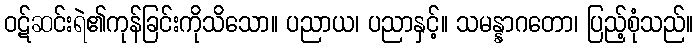
ဝဋ်ဆင်းရဲ၏ကုန်ခြင်းကိုသိသော။ ပညာယ၊ ပညာနှင့်။ သမန္နာဂတော၊ ပြည့်စုံသည်။